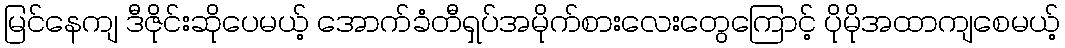
မြင်နေကျ ဒီဇိုင်းဆိုပေမယ့် အောက်ခံတီရှပ်အမိုက်စားလေးတွေကြောင့် ပိုမိုအထာကျစေမယ့်